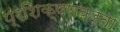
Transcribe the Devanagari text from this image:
प्रशिक्षणकर्ता